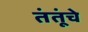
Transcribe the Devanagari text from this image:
तंतूंचे